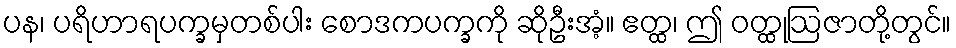
ပန၊ ပရိဟာရပက္ခမှတစ်ပါး စောဒကပက္ခကို ဆိုဦးအံ့။ ဧတ္ထ၊ ဤ ဝတ္ထုဩဇာတို့တွင်။